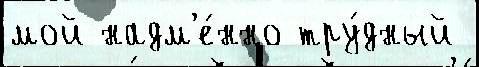
мой надм'е́нно тру́дный